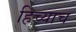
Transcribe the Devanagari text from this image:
हिच्याच